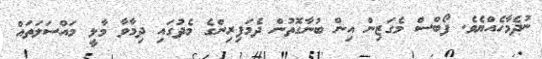
ނުދެމާހެއްޔެވެ. ފޯބްސް މެގަޒިން އިން ބުނާގޮތުން ދެމަފިރިންގެ މެދުގައި ދިމާވާ މާލީ މައްސަލަތައް